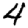
Digit: 4